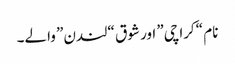
نام “کراچی” اور شوق “لندن” والے۔